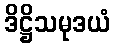
ဒိဋ္ဌိသမုဒယံ